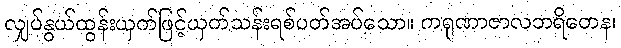
လျှပ်နွယ်ထွန်းယှက်ဖြင့်ယှက်သန်းရစ်ပတ်အပ်သော။ ကရုဏာဇာလဘရိတေန၊